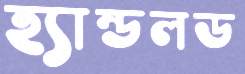
হ্যান্ডলড